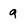
Character: g